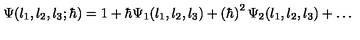
\Psi ( l _ { 1 } , l _ { 2 } , l _ { 3 } ; \hbar ) = 1 + { \hbar } \Psi _ { 1 } ( l _ { 1 } , l _ { 2 } , l _ { 3 } ) + \left( \hbar \right) ^ { 2 } \Psi _ { 2 } ( l _ { 1 } , l _ { 2 } , l _ { 3 } ) + \ldots